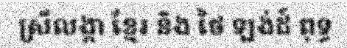
ស្រីលង្កា ខ្មែរ និង ថៃ ឡង់ដ៍ ពុទ្ធ